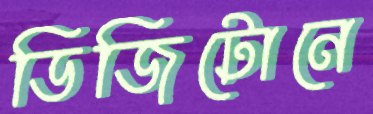
ডিজিটোনে